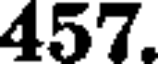
457.